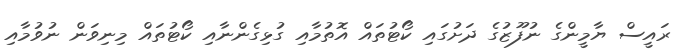
ރައީސް ޔާމީންގެ ނުފޫޒުގެ ދަށުގައި ކޯޓުތައް އޮތުމާއި ގުޅިގެންނާއި ކޯޓުތައް މިނިވަން ނުވުމާއި